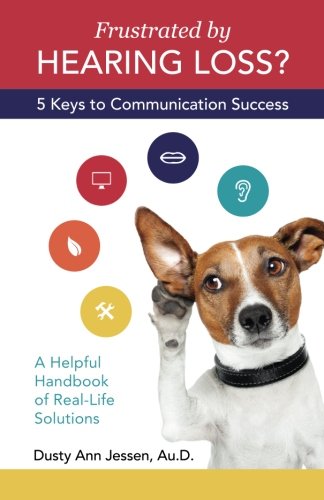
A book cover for Frustrated by Hearing Loss?  Five Keys to Communication Success; Dusty Ann Jessen Au.D.; Health, Fitness & Dieting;